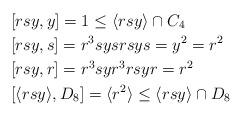
LaTeX: \begin{align*}&[rsy, y]=1\leq \langle rsy\rangle \cap C_4\\&[rsy,s]=r^3sysrsys=y^2=r^2\\&[rsy,r]=r^3syr^3rsyr=r^2\\&[\langle rsy\rangle,D_8]=\langle r^2\rangle\leq\langle rsy\rangle\cap D_8\end{align*}